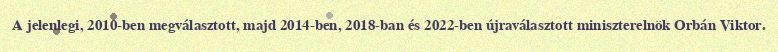
A jelenlegi, 2010-ben megválasztott, majd 2014-ben, 2018-ban és 2022-ben újraválasztott miniszterelnök Orbán Viktor.